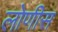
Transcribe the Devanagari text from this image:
लोणीस